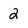
Character: 2